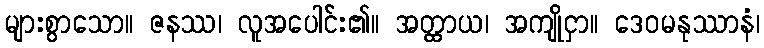
များစွာသော။ ဇနဿ၊ လူအပေါင်း၏။ အတ္ထာယ၊ အကျိုငှာ။ ဒေဝမနုဿာနံ၊